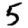
Digit: 5